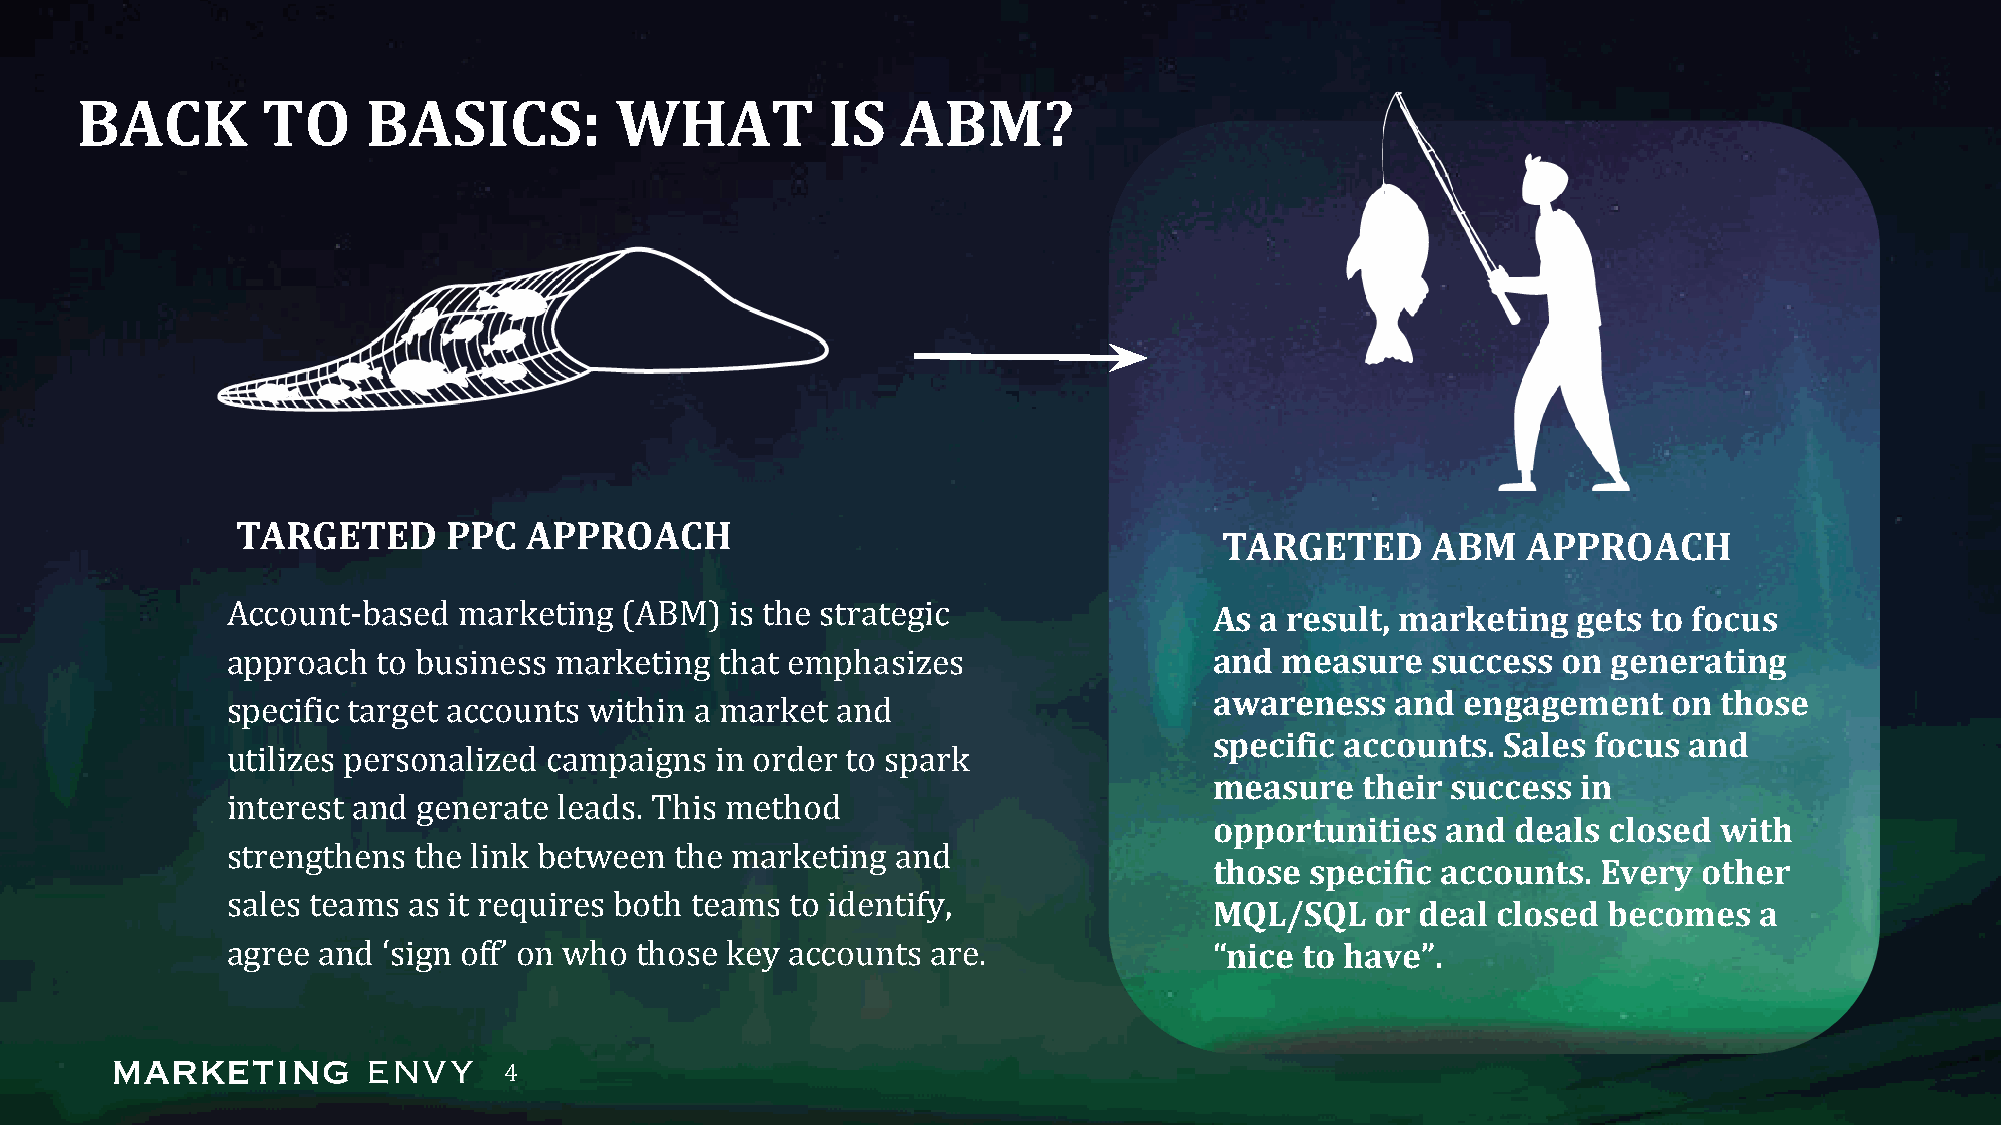
BACK        TO     BASICS:          WHAT          IS   ABM?
 TARGETED      PPC  APPROACH
 TARGETED      ABM   APPROACH
 Account-based  marketing  (ABM)  is the strategic                As a result, marketing  gets to focus
 approach  to business marketing  that emphasizes                 and  measure   success on  generating
 awareness   and  engagement    on those
 specific target accounts within a market and
 specific accounts. Sales  focus and
 utilizes personalized campaigns in order to spark
 measure   their success  in
 interest and generate leads. This method
 opportunities   and deals closed  with
 strengthens the link between  the marketing and
 those  specific accounts. Every  other
 sales teams as it requires both teams to identify,
 MQL/SQL    or deal closed becomes   a
 agree and ‘sign off’ on who those key accounts are.              “nice to have”.
 4